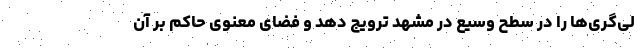
لی‌گری‌ها را در سطح وسیع در مشهد ترویج دهد و فضای معنوی حاکم بر آن